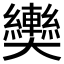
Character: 𱘿